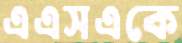
এএসএকে